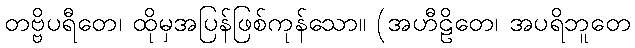
တဗ္ဗိပရီတေ၊ ထိုမှအပြန်ဖြစ်ကုန်သော။ (အဟီဠိတေ၊ အပရိဘူတေ